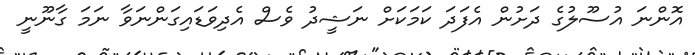
އޮންނަ އުސޫލުގެ ދަށުން އެފަދަ ކަމަކަށް ނަޝީދު ވެސް އެދިވަޑައިގަންނަވާ ނަމަ ގާނޫނީ